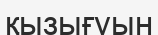
қызығуын